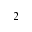
_ { 2 }